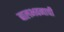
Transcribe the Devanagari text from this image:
बालभवनाची